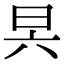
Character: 昗